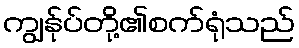
ကျွန်ုပ်တို့၏စက်ရုံသည်